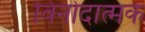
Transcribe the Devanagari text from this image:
विनोदात्मक